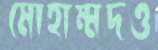
মোহাম্মদও